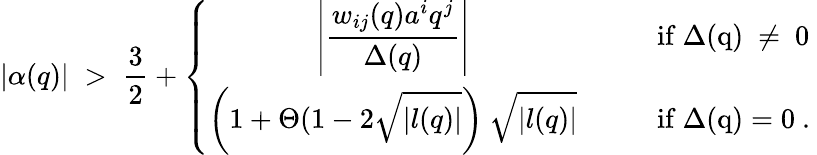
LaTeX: |\alpha(q)|\; >\; \frac{3}{2}+\left\{ \begin{array}{ccl}{{\displaystyle\left|\frac{w_{ij}(q)a^{i}q^{j}}{\Delta(q)}\right|}}&{{\; \; \; }}&{{{\mathrm{if~\Delta(q)~\neq~0~}}}}\\ {{\displaystyle\left(1+\Theta(1-2\sqrt{|l(q)|}\right)\: \sqrt{|l(q)|}}}&{{}}&{{{\mathrm{if~\Delta(q)=0~}}.}}\end{array}\right.